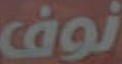
نوف